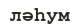
ләһум